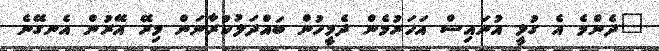
"ދެންމެ އެ ގުޅީ އުނައިސް އަހަރުމެން ދެމީހުން ބައްދަލުކުރާނަން މިރޭ އޭރުން އެނގޭނެ